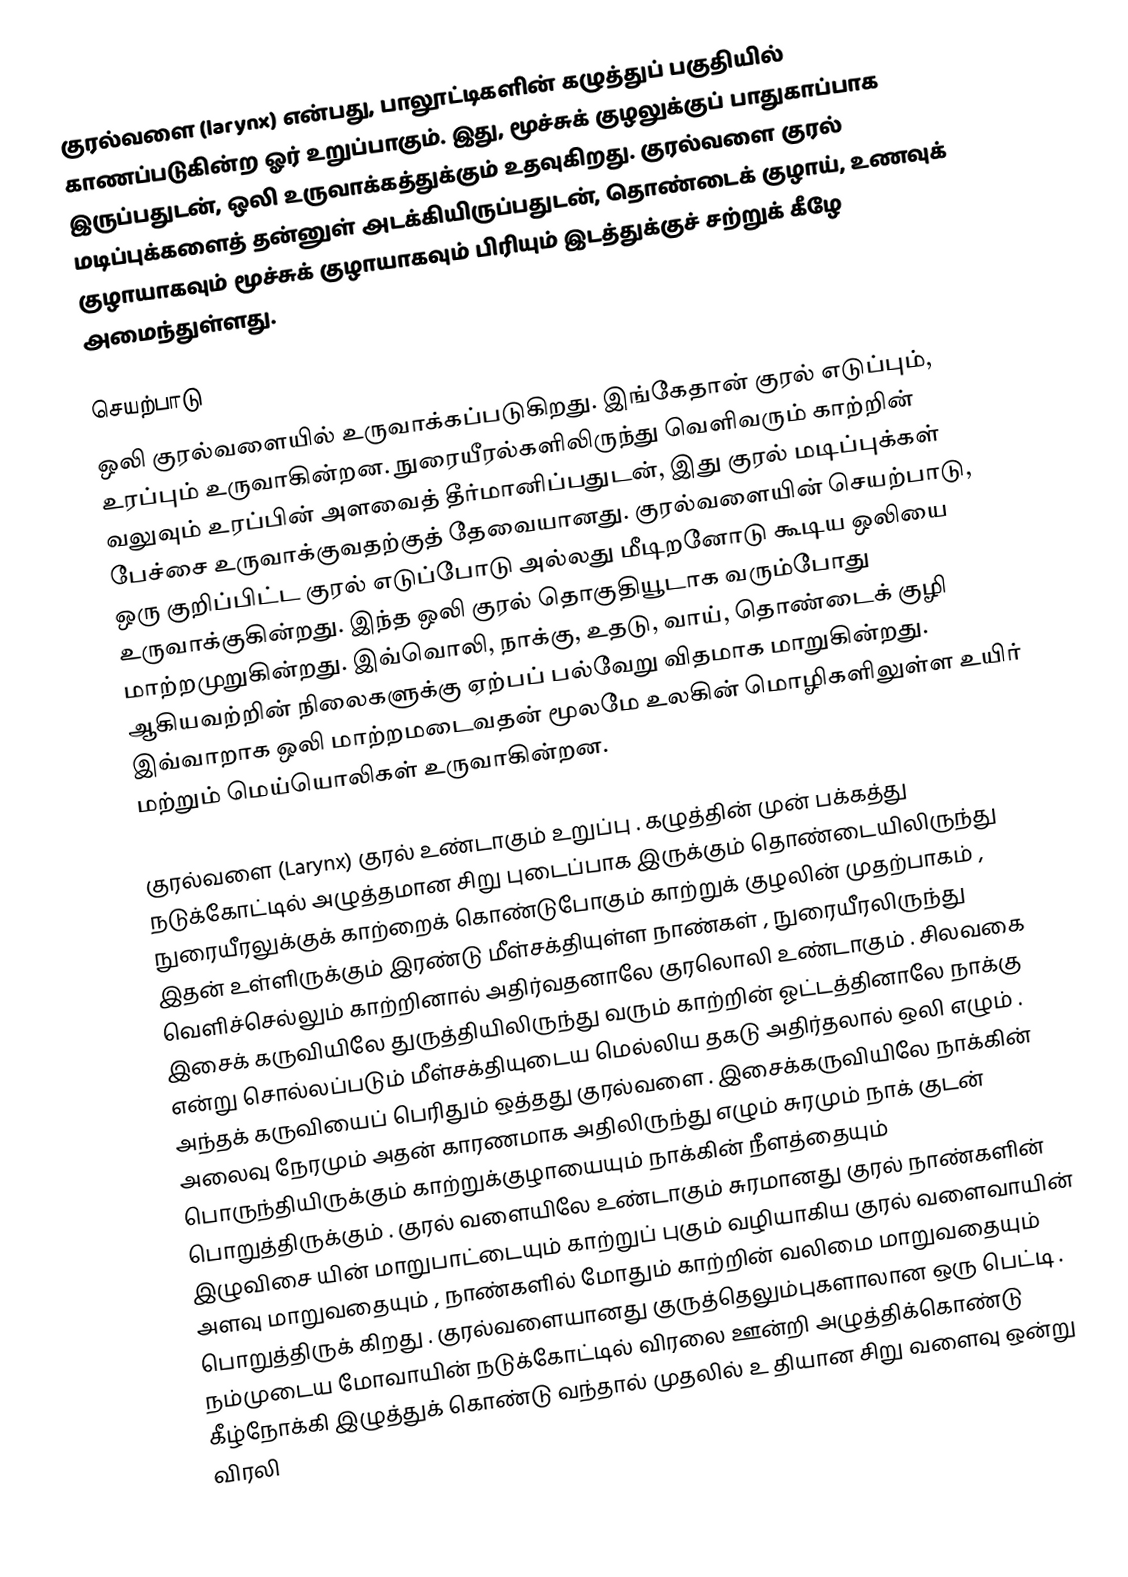
குரல்வளை (larynx) என்பது, பாலூட்டிகளின் கழுத்துப் பகுதியில் காணப்படுகின்ற ஓர் உறுப்பாகும். இது, மூச்சுக் குழலுக்குப் பாதுகாப்பாக இருப்பதுடன், ஒலி உருவாக்கத்துக்கும் உதவுகிறது. குரல்வளை குரல் மடிப்புக்களைத் தன்னுள் அடக்கியிருப்பதுடன், தொண்டைக் குழாய், உணவுக் குழாயாகவும் மூச்சுக் குழாயாகவும் பிரியும் இடத்துக்குச் சற்றுக் கீழே அமைந்துள்ளது.

செயற்பாடு
ஒலி குரல்வளையில் உருவாக்கப்படுகிறது. இங்கேதான் குரல் எடுப்பும், உரப்பும் உருவாகின்றன. நுரையீரல்களிலிருந்து வெளிவரும் காற்றின் வலுவும் உரப்பின் அளவைத் தீர்மானிப்பதுடன், இது குரல் மடிப்புக்கள் பேச்சை உருவாக்குவதற்குத் தேவையானது. குரல்வளையின் செயற்பாடு, ஒரு குறிப்பிட்ட குரல் எடுப்போடு அல்லது மீடிறனோடு கூடிய ஒலியை உருவாக்குகின்றது. இந்த ஒலி குரல் தொகுதியூடாக வரும்போது மாற்றமுறுகின்றது. இவ்வொலி, நாக்கு, உதடு, வாய், தொண்டைக் குழி ஆகியவற்றின் நிலைகளுக்கு ஏற்பப் பல்வேறு விதமாக மாறுகின்றது. இவ்வாறாக ஒலி மாற்றமடைவதன் மூலமே உலகின் மொழிகளிலுள்ள உயிர் மற்றும் மெய்யொலிகள் உருவாகின்றன.

குரல்வளை (Larynx) குரல் உண்டாகும் உறுப்பு . கழுத்தின் முன் பக்கத்து நடுக்கோட்டில் அழுத்தமான சிறு புடைப்பாக இருக்கும் தொண்டையிலிருந்து நுரையீரலுக்குக் காற்றைக் கொண்டுபோகும் காற்றுக் குழலின் முதற்பாகம் , இதன் உள்ளிருக்கும் இரண்டு மீள்சக்தியுள்ள நாண்கள் , நுரையீரலிருந்து வெளிச்செல்லும் காற்றினால் அதிர்வதனாலே குரலொலி உண்டாகும் . சிலவகை இசைக் கருவியிலே துருத்தியிலிருந்து வரும் காற்றின் ஓட்டத்தினாலே நாக்கு என்று சொல்லப்படும் மீள்சக்தியுடைய மெல்லிய தகடு அதிர்தலால் ஒலி எழும் . அந்தக் கருவியைப் பெரிதும் ஒத்தது குரல்வளை . இசைக்கருவியிலே நாக்கின் அலைவு நேரமும் அதன் காரணமாக அதிலிருந்து எழும் சுரமும் நாக் குடன் பொருந்தியிருக்கும் காற்றுக்குழாயையும் நாக்கின் நீளத்தையும் பொறுத்திருக்கும் . குரல் வளையிலே உண்டாகும் சுரமானது குரல் நாண்களின் இழுவிசை யின் மாறுபாட்டையும் காற்றுப் புகும் வழியாகிய குரல் வளைவாயின் அளவு மாறுவதையும் , நாண்களில் மோதும் காற்றின் வலிமை மாறுவதையும் பொறுத்திருக் கிறது .  குரல்வளையானது குருத்தெலும்புகளாலான ஒரு பெட்டி . நம்முடைய மோவாயின் நடுக்கோட்டில் விரலை ஊன்றி அழுத்திக்கொண்டு கீழ்நோக்கி இழுத்துக் கொண்டு வந்தால் முதலில் உ தியான சிறு வளைவு ஒன்று விரலி